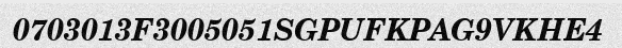
0703013F3005051SGPUFKPAG9VKHE4